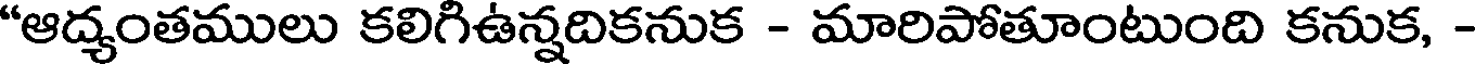
"ఆద్యంతములు కలిగిఉన్నదికనుక - మారిపోతూంటుంది కనుక, -